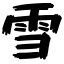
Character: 雪